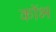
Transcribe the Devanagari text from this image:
कॉभ